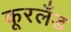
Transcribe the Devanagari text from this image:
कूरलँड